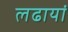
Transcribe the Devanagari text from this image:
लढायां